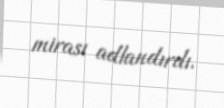
mirası adlandırdı.